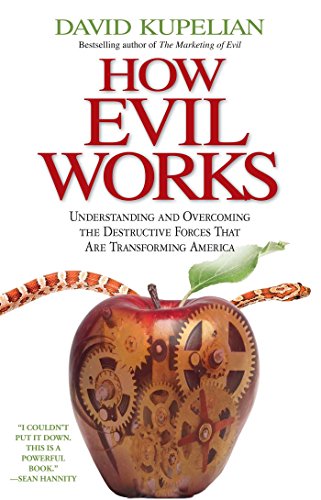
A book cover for How Evil Works: Understanding and Overcoming the Destructive Forces That Are Transforming America; David Kupelian; Religion & Spirituality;